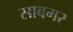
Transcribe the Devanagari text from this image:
साबगर